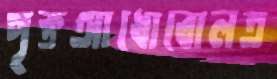
পৃক্তআধোবোলত